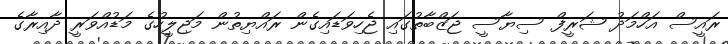
ރައީސް އަހްމަދު ޝަރީފް ސިޔާސީ ޖަޒްބާތުގައި ޖެހިވަޑައިގެން ރައްޔިތުން މަޖިލީހުގެ މަޑުއްވަރީ ދާއިރާގެ